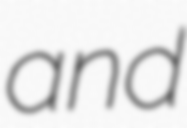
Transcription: and